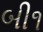
બી૧